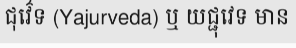
ជុវ៌េទ (Yajurveda) ឬ យជ្ជុវេទ មាន